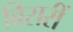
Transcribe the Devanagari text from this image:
बिसरीं